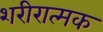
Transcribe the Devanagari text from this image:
शरीरात्मक